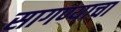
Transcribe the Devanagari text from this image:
सागण्याचा